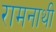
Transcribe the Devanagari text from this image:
रामनाथी